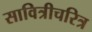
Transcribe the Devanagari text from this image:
सावित्रीचरित्र